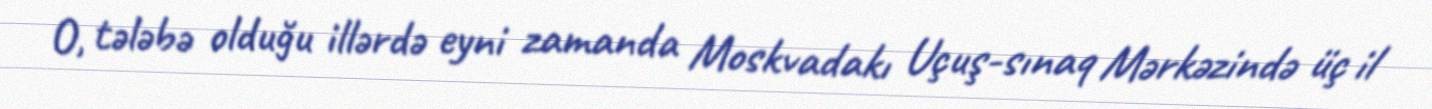
O, tələbə olduğu illərdə eyni zamanda Moskvadakı Uçuş-sınaq Mərkəzində üç il